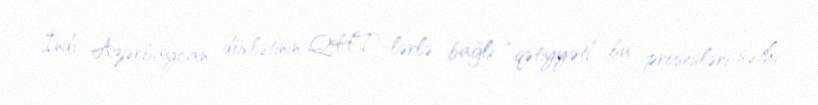
İndi Azərbaycan dövlətinin QHT-lərlə bağlı “qətiyyəti” bu prosesləri səthi